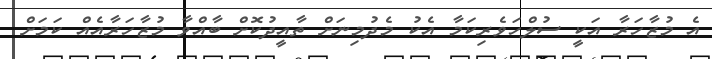
އެ މުޒާހަރާ އަކީ ސުލްހަވެރިކަމާ އެކު މެދުމިނަށް ތާއީދުކޮށް ބާއްވާ މުޒާހަރާއެއް ކަމަށް